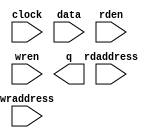
// megafunction wizard: %RAM: 2-PORT%VBB%
// GENERATION: STANDARD
// VERSION: WM1.0
// MODULE: altsyncram 

// ============================================================
// Megafunction Name(s):
// 			altsyncram
//
// Simulation Library Files(s):
// 			altera_mf
// ============================================================
// ************************************************************
// THIS IS A WIZARD-GENERATED FILE. DO NOT EDIT THIS FILE!
//
// 19.1.0 Build 670 09/22/2019 SJ Lite Edition
// ************************************************************

//Copyright (C) 2019  Intel Corporation. All rights reserved.
//Your use of Intel Corporation's design tools, logic functions 
//and other software and tools, and any partner logic 
//functions, and any output files from any of the foregoing 
//(including device programming or simulation files), and any 
//associated documentation or information are expressly subject 
//to the terms and conditions of the Intel Program License 
//Subscription Agreement, the Intel Quartus Prime License Agreement,
//the Intel FPGA IP License Agreement, or other applicable license
//agreement, including, without limitation, that your use is for
//the sole purpose of programming logic devices manufactured by
//Intel and sold by Intel or its authorized distributors.  Please
//refer to the applicable agreement for further details, at
//https://fpgasoftware.intel.com/eula.

module img_ram (
	clock,
	data,
	rdaddress,
	rden,
	wraddress,
	wren,
	q);

	input	  clock;
	input	[7:0]  data;
	input	[15:0]  rdaddress;
	input	  rden;
	input	[15:0]  wraddress;
	input	  wren;
	output	[7:0]  q;
`ifndef ALTERA_RESERVED_QIS
// synopsys translate_off
`endif
	tri1	  clock;
	tri1	  rden;
	tri0	  wren;
`ifndef ALTERA_RESERVED_QIS
// synopsys translate_on
`endif

endmodule

// ============================================================
// CNX file retrieval info
// ============================================================
// Retrieval info: PRIVATE: ADDRESSSTALL_A NUMERIC "0"
// Retrieval info: PRIVATE: ADDRESSSTALL_B NUMERIC "0"
// Retrieval info: PRIVATE: BYTEENA_ACLR_A NUMERIC "0"
// Retrieval info: PRIVATE: BYTEENA_ACLR_B NUMERIC "0"
// Retrieval info: PRIVATE: BYTE_ENABLE_A NUMERIC "0"
// Retrieval info: PRIVATE: BYTE_ENABLE_B NUMERIC "0"
// Retrieval info: PRIVATE: BYTE_SIZE NUMERIC "8"
// Retrieval info: PRIVATE: BlankMemory NUMERIC "1"
// Retrieval info: PRIVATE: CLOCK_ENABLE_INPUT_A NUMERIC "0"
// Retrieval info: PRIVATE: CLOCK_ENABLE_INPUT_B NUMERIC "0"
// Retrieval info: PRIVATE: CLOCK_ENABLE_OUTPUT_A NUMERIC "0"
// Retrieval info: PRIVATE: CLOCK_ENABLE_OUTPUT_B NUMERIC "0"
// Retrieval info: PRIVATE: CLRdata NUMERIC "0"
// Retrieval info: PRIVATE: CLRq NUMERIC "0"
// Retrieval info: PRIVATE: CLRrdaddress NUMERIC "0"
// Retrieval info: PRIVATE: CLRrren NUMERIC "0"
// Retrieval info: PRIVATE: CLRwraddress NUMERIC "0"
// Retrieval info: PRIVATE: CLRwren NUMERIC "0"
// Retrieval info: PRIVATE: Clock NUMERIC "0"
// Retrieval info: PRIVATE: Clock_A NUMERIC "0"
// Retrieval info: PRIVATE: Clock_B NUMERIC "0"
// Retrieval info: PRIVATE: IMPLEMENT_IN_LES NUMERIC "0"
// Retrieval info: PRIVATE: INDATA_ACLR_B NUMERIC "0"
// Retrieval info: PRIVATE: INDATA_REG_B NUMERIC "0"
// Retrieval info: PRIVATE: INIT_FILE_LAYOUT STRING "PORT_B"
// Retrieval info: PRIVATE: INIT_TO_SIM_X NUMERIC "0"
// Retrieval info: PRIVATE: INTENDED_DEVICE_FAMILY STRING "Cyclone IV E"
// Retrieval info: PRIVATE: JTAG_ENABLED NUMERIC "0"
// Retrieval info: PRIVATE: JTAG_ID STRING "NONE"
// Retrieval info: PRIVATE: MAXIMUM_DEPTH NUMERIC "0"
// Retrieval info: PRIVATE: MEMSIZE NUMERIC "307200"
// Retrieval info: PRIVATE: MEM_IN_BITS NUMERIC "0"
// Retrieval info: PRIVATE: MIFfilename STRING ""
// Retrieval info: PRIVATE: OPERATION_MODE NUMERIC "2"
// Retrieval info: PRIVATE: OUTDATA_ACLR_B NUMERIC "0"
// Retrieval info: PRIVATE: OUTDATA_REG_B NUMERIC "1"
// Retrieval info: PRIVATE: RAM_BLOCK_TYPE NUMERIC "0"
// Retrieval info: PRIVATE: READ_DURING_WRITE_MODE_MIXED_PORTS NUMERIC "1"
// Retrieval info: PRIVATE: READ_DURING_WRITE_MODE_PORT_A NUMERIC "3"
// Retrieval info: PRIVATE: READ_DURING_WRITE_MODE_PORT_B NUMERIC "3"
// Retrieval info: PRIVATE: REGdata NUMERIC "1"
// Retrieval info: PRIVATE: REGq NUMERIC "1"
// Retrieval info: PRIVATE: REGrdaddress NUMERIC "1"
// Retrieval info: PRIVATE: REGrren NUMERIC "1"
// Retrieval info: PRIVATE: REGwraddress NUMERIC "1"
// Retrieval info: PRIVATE: REGwren NUMERIC "1"
// Retrieval info: PRIVATE: SYNTH_WRAPPER_GEN_POSTFIX STRING "0"
// Retrieval info: PRIVATE: USE_DIFF_CLKEN NUMERIC "0"
// Retrieval info: PRIVATE: UseDPRAM NUMERIC "1"
// Retrieval info: PRIVATE: VarWidth NUMERIC "0"
// Retrieval info: PRIVATE: WIDTH_READ_A NUMERIC "8"
// Retrieval info: PRIVATE: WIDTH_READ_B NUMERIC "8"
// Retrieval info: PRIVATE: WIDTH_WRITE_A NUMERIC "8"
// Retrieval info: PRIVATE: WIDTH_WRITE_B NUMERIC "8"
// Retrieval info: PRIVATE: WRADDR_ACLR_B NUMERIC "0"
// Retrieval info: PRIVATE: WRADDR_REG_B NUMERIC "0"
// Retrieval info: PRIVATE: WRCTRL_ACLR_B NUMERIC "0"
// Retrieval info: PRIVATE: enable NUMERIC "0"
// Retrieval info: PRIVATE: rden NUMERIC "1"
// Retrieval info: LIBRARY: altera_mf altera_mf.altera_mf_components.all
// Retrieval info: CONSTANT: ADDRESS_ACLR_B STRING "NONE"
// Retrieval info: CONSTANT: ADDRESS_REG_B STRING "CLOCK0"
// Retrieval info: CONSTANT: CLOCK_ENABLE_INPUT_A STRING "BYPASS"
// Retrieval info: CONSTANT: CLOCK_ENABLE_INPUT_B STRING "BYPASS"
// Retrieval info: CONSTANT: CLOCK_ENABLE_OUTPUT_B STRING "BYPASS"
// Retrieval info: CONSTANT: INTENDED_DEVICE_FAMILY STRING "Cyclone IV E"
// Retrieval info: CONSTANT: LPM_TYPE STRING "altsyncram"
// Retrieval info: CONSTANT: NUMWORDS_A NUMERIC "38400"
// Retrieval info: CONSTANT: NUMWORDS_B NUMERIC "38400"
// Retrieval info: CONSTANT: OPERATION_MODE STRING "DUAL_PORT"
// Retrieval info: CONSTANT: OUTDATA_ACLR_B STRING "NONE"
// Retrieval info: CONSTANT: OUTDATA_REG_B STRING "CLOCK0"
// Retrieval info: CONSTANT: POWER_UP_UNINITIALIZED STRING "FALSE"
// Retrieval info: CONSTANT: RDCONTROL_REG_B STRING "CLOCK0"
// Retrieval info: CONSTANT: READ_DURING_WRITE_MODE_MIXED_PORTS STRING "OLD_DATA"
// Retrieval info: CONSTANT: WIDTHAD_A NUMERIC "16"
// Retrieval info: CONSTANT: WIDTHAD_B NUMERIC "16"
// Retrieval info: CONSTANT: WIDTH_A NUMERIC "8"
// Retrieval info: CONSTANT: WIDTH_B NUMERIC "8"
// Retrieval info: CONSTANT: WIDTH_BYTEENA_A NUMERIC "1"
// Retrieval info: USED_PORT: clock 0 0 0 0 INPUT VCC "clock"
// Retrieval info: USED_PORT: data 0 0 8 0 INPUT NODEFVAL "data[7..0]"
// Retrieval info: USED_PORT: q 0 0 8 0 OUTPUT NODEFVAL "q[7..0]"
// Retrieval info: USED_PORT: rdaddress 0 0 16 0 INPUT NODEFVAL "rdaddress[15..0]"
// Retrieval info: USED_PORT: rden 0 0 0 0 INPUT VCC "rden"
// Retrieval info: USED_PORT: wraddress 0 0 16 0 INPUT NODEFVAL "wraddress[15..0]"
// Retrieval info: USED_PORT: wren 0 0 0 0 INPUT GND "wren"
// Retrieval info: CONNECT: @address_a 0 0 16 0 wraddress 0 0 16 0
// Retrieval info: CONNECT: @address_b 0 0 16 0 rdaddress 0 0 16 0
// Retrieval info: CONNECT: @clock0 0 0 0 0 clock 0 0 0 0
// Retrieval info: CONNECT: @data_a 0 0 8 0 data 0 0 8 0
// Retrieval info: CONNECT: @rden_b 0 0 0 0 rden 0 0 0 0
// Retrieval info: CONNECT: @wren_a 0 0 0 0 wren 0 0 0 0
// Retrieval info: CONNECT: q 0 0 8 0 @q_b 0 0 8 0
// Retrieval info: GEN_FILE: TYPE_NORMAL img_ram.v TRUE
// Retrieval info: GEN_FILE: TYPE_NORMAL img_ram.inc FALSE
// Retrieval info: GEN_FILE: TYPE_NORMAL img_ram.cmp FALSE
// Retrieval info: GEN_FILE: TYPE_NORMAL img_ram.bsf TRUE
// Retrieval info: GEN_FILE: TYPE_NORMAL img_ram_inst.v TRUE
// Retrieval info: GEN_FILE: TYPE_NORMAL img_ram_bb.v TRUE
// Retrieval info: LIB_FILE: altera_mf